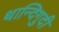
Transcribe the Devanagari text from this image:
थान्दिगुदी